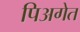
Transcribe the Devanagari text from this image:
पिअगेत